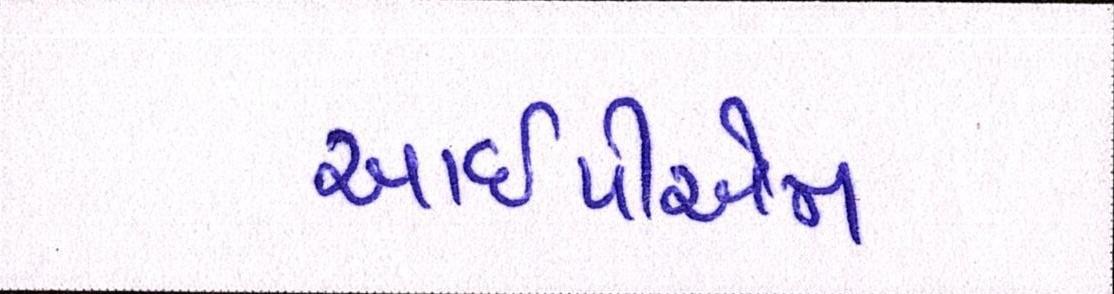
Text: આઇપીએમ